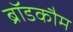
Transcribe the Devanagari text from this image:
ब्रॉडकौम